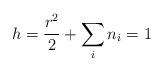
LaTeX: \begin{align*}h = \frac{r^{2}}{2} + \sum_{i} n_{i} = 1 \end{align*}